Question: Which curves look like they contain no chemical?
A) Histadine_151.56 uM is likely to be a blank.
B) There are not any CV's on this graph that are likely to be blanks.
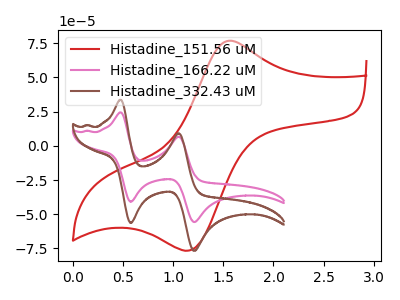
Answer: <think>The red curve "Histadine_151.56 uM" has an anodic peak at (1.55V, 76.70uA) and a cathodic peak at (1.20V, -76.00uA). The pink curve "Histadine_166.22 uM" has anodic peaks at (0.50V, 24.35uA) (1.05V, 6.60uA) and cathodic peaks at (0.60V, -40.85uA) (1.20V, -55.65uA). The brown curve "Histadine_332.43 uM" has anodic peaks at (0.50V, 33.50uA) (1.05V, 9.10uA) and cathodic peaks at (0.60V, -56.25uA) (1.20V, -76.65uA).</think>
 <answer>B) There are not any CV's on this graph that are likely to be blanks.</answer>
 <eval>B</eval>